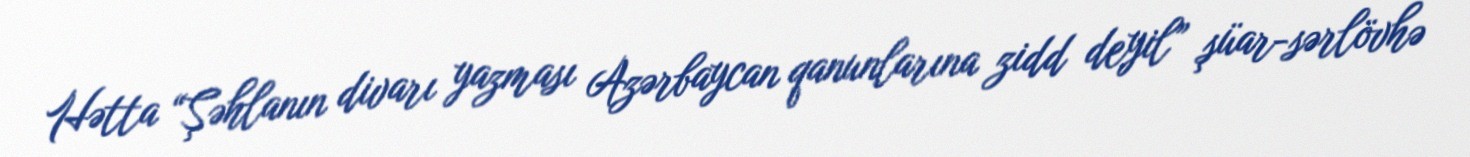
Hətta “Şəhlanın divarı yazması Azərbaycan qanunlarına zidd deyil” şüar-sərlövhə